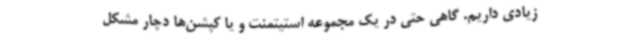
زیادی داریم. گاهی حتی در یک مجموعه استیتمنت و یا کپشن‌ها دچار مشکل